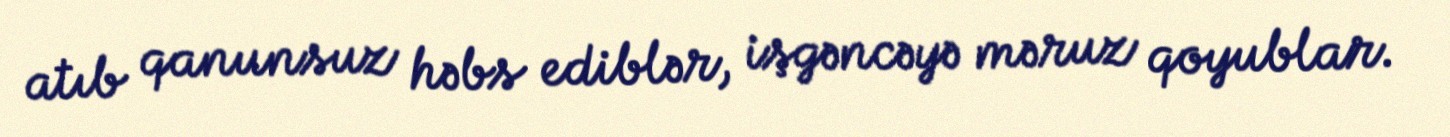
atıb qanunsuz həbs ediblər, işgəncəyə məruz qoyublar.